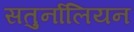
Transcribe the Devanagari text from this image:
सतुर्नालियन